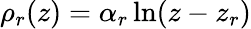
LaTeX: \rho_{r}(z)=\alpha_{r}\ln(z-z_{r})